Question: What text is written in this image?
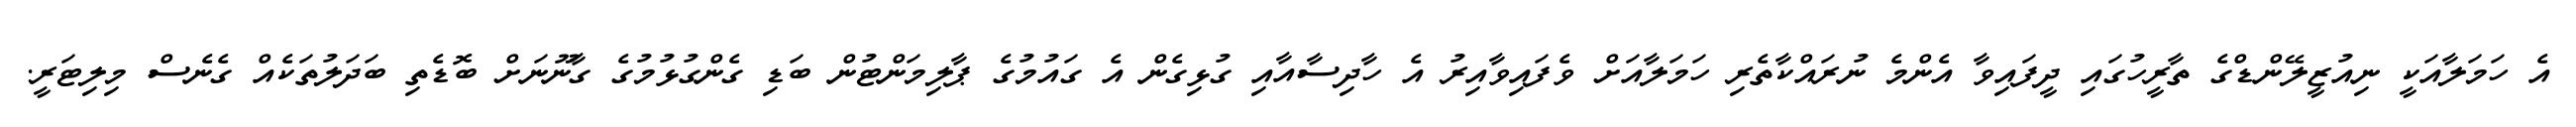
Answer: އެ ހަމަލާއަކީ ނިއުޒީލޭންޑްގެ ތާރީހުގައި ދީފައިވާ އެންމެ ނުރައްކާތެރި ހަމަލާއަށް ވެފައިވާއިރު އެ ހާދިސާއާއި ގުޅިގެން އެ ގައުމުގެ ޕާލިމަންޓުން ބަޑި ގެންގުޅުމުގެ ގާނޫނަށް ބޮޑެތި ބަދަލުތަކެއް ގެނެސް މިލިޓަރީ.